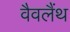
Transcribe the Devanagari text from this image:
वैवलैंथ